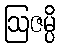
ဩဇမ္ပိ